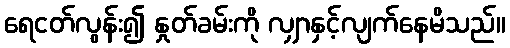
ရေငတ်လွန်း၍ နှုတ်ခမ်းကို လျှာနှင့်လျက်နေမိသည်။